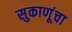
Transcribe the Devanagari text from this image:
सुकाणूंचा